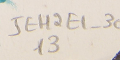
JEH2E1-3013